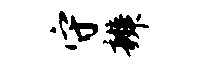
守辨